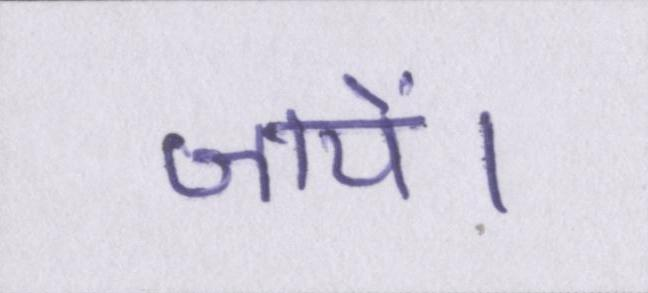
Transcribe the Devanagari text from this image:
जायें।